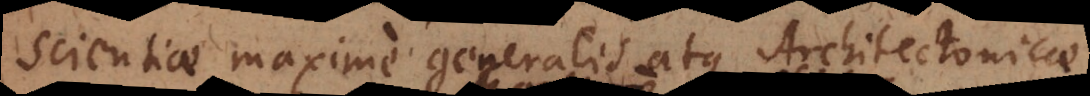
scientiae maxime generalis atque Architectonicae